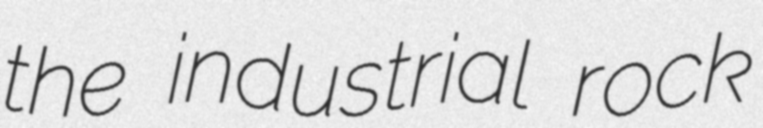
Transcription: the industrial rock